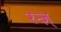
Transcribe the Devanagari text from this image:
रन्ज़्